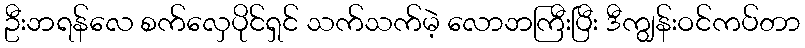
ဦးဘရန်လေ စက်လှေပိုင်ရှင် သက်သက်မဲ့ လောဘကြီးပြီး ဒီကျွန်းဝင်ကပ်တာ